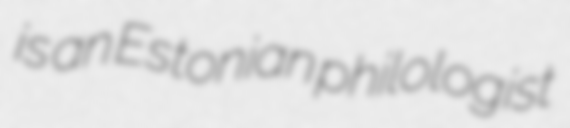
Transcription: is an Estonian philologist